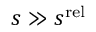
s \gg s ^ { \mathrm { r e l } }